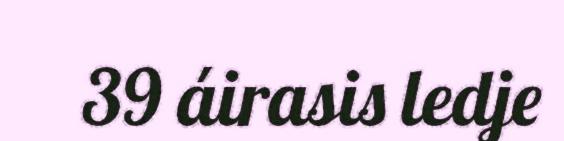
39 áirasis ledje